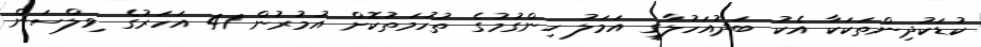
ކުޑަކުދިންތަކަކާ އެކު ބަދުއަހުލާގީ އަމަލު ހިންގުމުގެ ތުހުމަތުކޮށް އުމުރުން 41 އަހަރުގެ ވިލްސަން